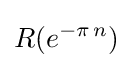
R(e^{-\pi \,n})